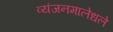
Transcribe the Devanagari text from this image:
व्यंजनमालेधले